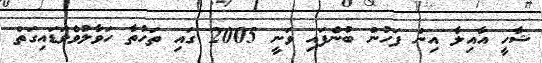
ޝާހީ އާއިލާ އިން ފަހުން ބުނެފައި ވަނީ 2005 ގައި ތަހުތާ ހަވާލުވެވަޑައިގަތް